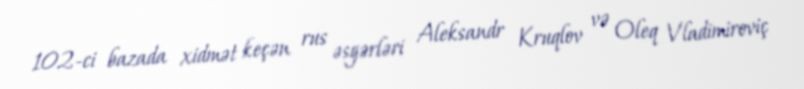
102-ci bazada xidmət keçən rus əsgərləri Aleksandr Kruqlov və Oleq Vladimiroviç